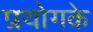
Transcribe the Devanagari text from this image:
प्रयोगके